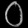
Digit: ၀